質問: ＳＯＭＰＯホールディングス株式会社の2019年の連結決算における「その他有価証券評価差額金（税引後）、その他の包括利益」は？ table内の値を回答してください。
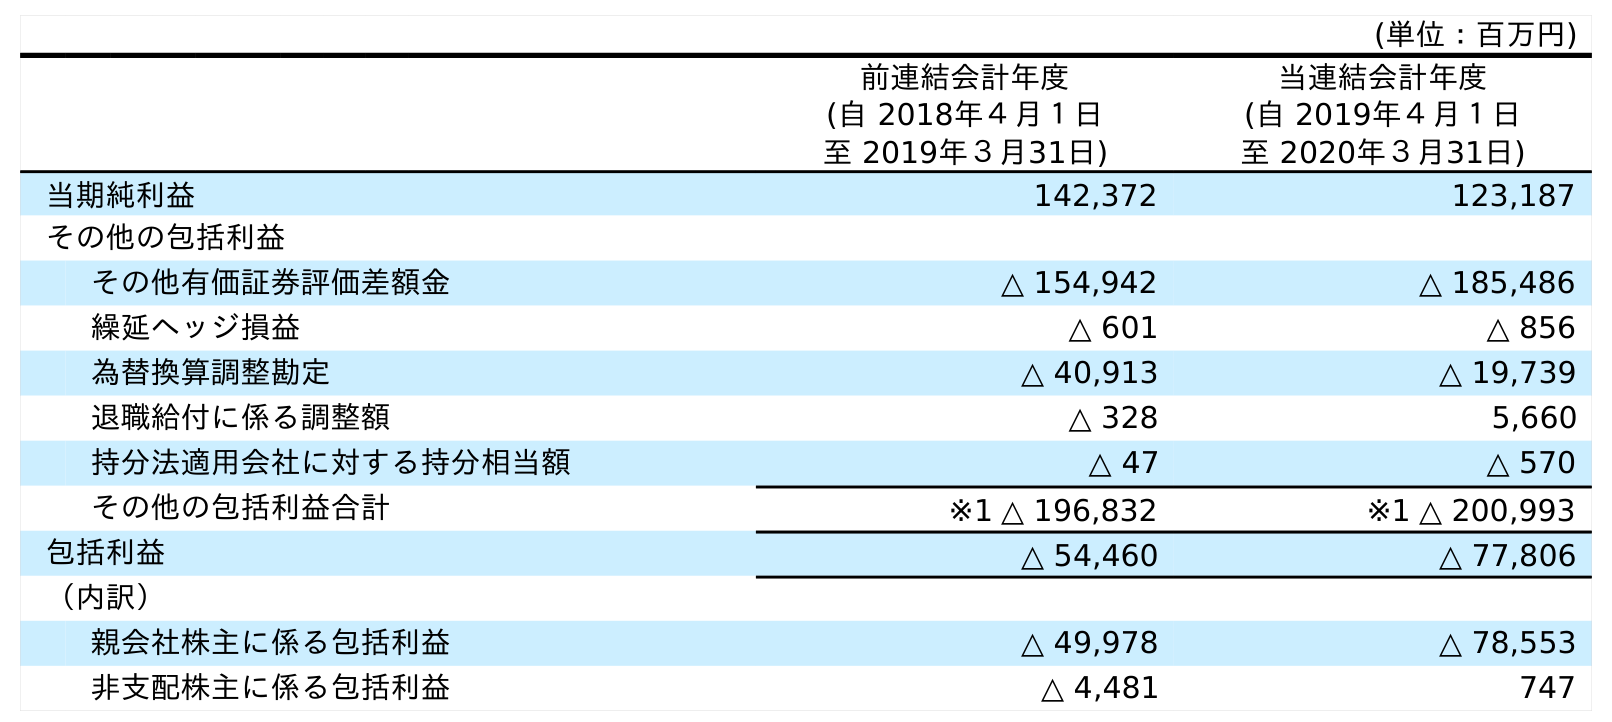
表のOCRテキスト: (単位：百万円) 前連結会計年度 (自 2018年４月１日 至 2019年３月31日) 当連結会計年度 (自 2019年４月１日 至 2020年３月31日) 当期純利益 142,372 123,187 その他の包括利益 その他有価証券評価差額金 △ 154,942 △ 185,486 繰延ヘッジ損益 △ 601 △ 856 為替換算調整勘定 △ 40,913 △ 19,739 退職給付に係る調整額 △ 328 5,660 持分法適用会社に対する持分相当額 △ 47 △ 570 その他の包括利益合計 ※1 △ 196,832 ※1 △ 200,993 包括利益 △ 54,460 △ 77,806 （内訳） 親会社株主に係る包括利益 △ 49,978 △ 78,553 非支配株主に係る包括利益 △ 4,481 747
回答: △154,942